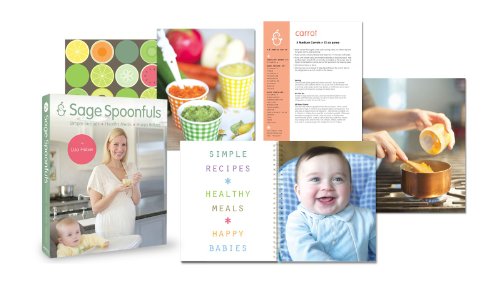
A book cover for Sage Spoonfuls Sage Spoonfuls-Simple Recipes, Healthy Meals, Happy Babies; Cookbooks, Food & Wine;